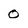
Character: o